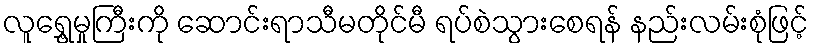
လူရွှေ့မှုကြီးကို ဆောင်းရာသီမတိုင်မီ ရပ်စဲသွားစေရန် နည်းလမ်းစုံဖြင့်